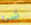
شئ